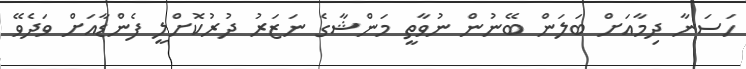
ހަސަނާ ދިމާއަށް ބަލަން ބޭނުން ނުވާތީ މަންޝާގެ ނަޒަރު ދުރުކޮށްލީ ފެންޑާއަށް ވަދެވޭ